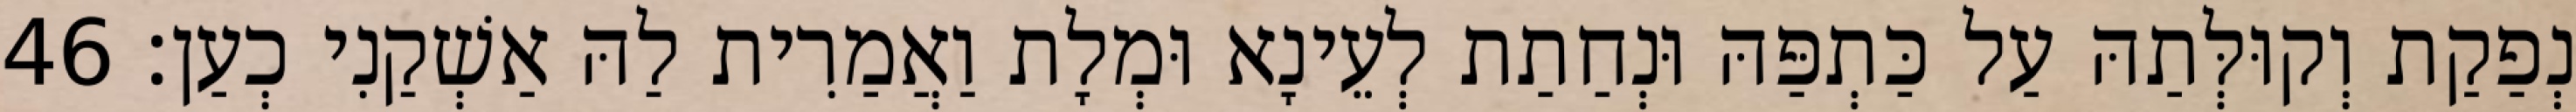
נְפַקַת וְקוּלְּתַהּ עַל כַּתְפַּהּ וּנְחַתַת לְעֵינָא וּמְלָת וַאֲמַרִית לַהּ אַשְׁקַנִי כְעַן׃ 46